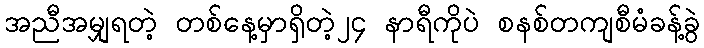
အညီအမျှရတဲ့ တစ်နေ့မှာရှိတဲ့၂၄ နာရီကိုပဲ စနစ်တကျစီမံခန့်ခွဲ